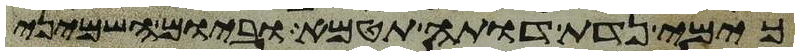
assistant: כימי נדת דותה תטמא וביום השמיני